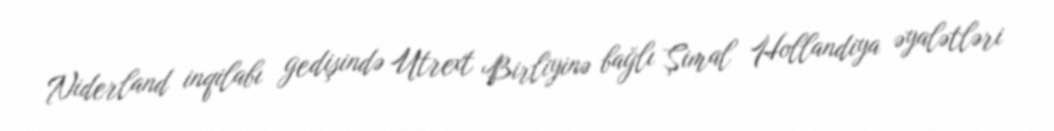
Niderland inqilabı gedişində Utrext Birliyinə bağlı Şimal Hollandiya əyalətləri